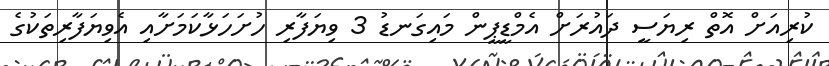
ކުރިއަށް އޮތް ރިޔަސީ ދައުރަށް އެމްޑީޕީން މައިގަނޑު 3 ވިޔަފާރި ހުށަހަޅާކަމަށާއި އެވިޔަފާރިތަކުގެ